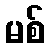
မစ်